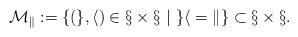
LaTeX: \begin{align*}\cal{M}_k := \{ (g,h) \in \S \times \S ~|~ g h =k \} \subset \S \times \S. \end{align*}